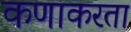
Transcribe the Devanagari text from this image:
कणाकरता